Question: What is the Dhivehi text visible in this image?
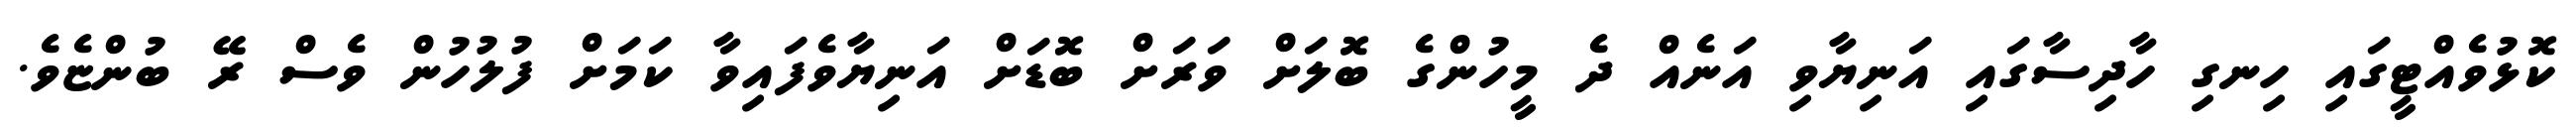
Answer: ކޮޅުވެއްޓީގައި ހިނގި ހާދިސާގައި އަނިޔާވި އަނެއް ދެ މީހުންގެ ބޮލަށް ވަރަށް ބޮޑަށް އަނިޔާވެފައިވާ ކަމަށް ފުލުހުން ވެސް ރޭ ބުންޏެވެ.